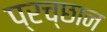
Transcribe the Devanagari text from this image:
प्रच्छान